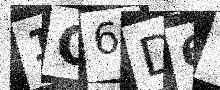
Text: 1G6D6V